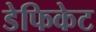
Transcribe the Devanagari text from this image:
डेफिकेट